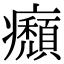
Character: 㿗